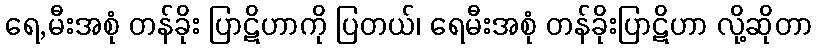
ရေ,မီးအစုံ တန်ခိုး ပြာဋိဟာကို ပြတယ်၊ ရေမီးအစုံ တန်ခိုးပြာဋိဟာ လို့ဆိုတာ